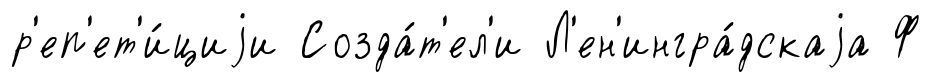
р'еп'ет'и́циjи Созда́т'ел'и Л'ен'ингра́дскаjа Ф